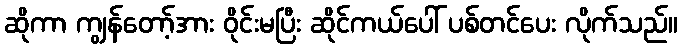
ဆိုကာ ကျွန်တော့်အား ဝိုင်းမပြီး ဆိုင်ကယ်ပေါ် ပစ်တင်ပေး လိုက်သည်။